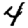
Digit: 4